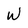
Character: W